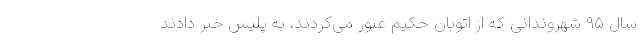
سال ۹۵ شهروندانی که از اتوبان حکیم عبور می‌کردند، به پلیس خبر دادند